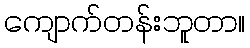
ကျောက်တန်းဘူတာ။